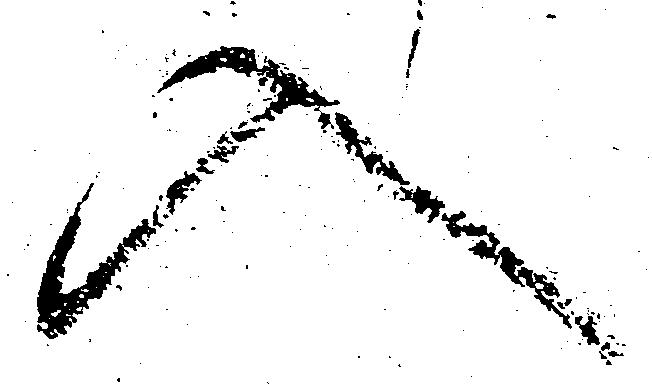
入